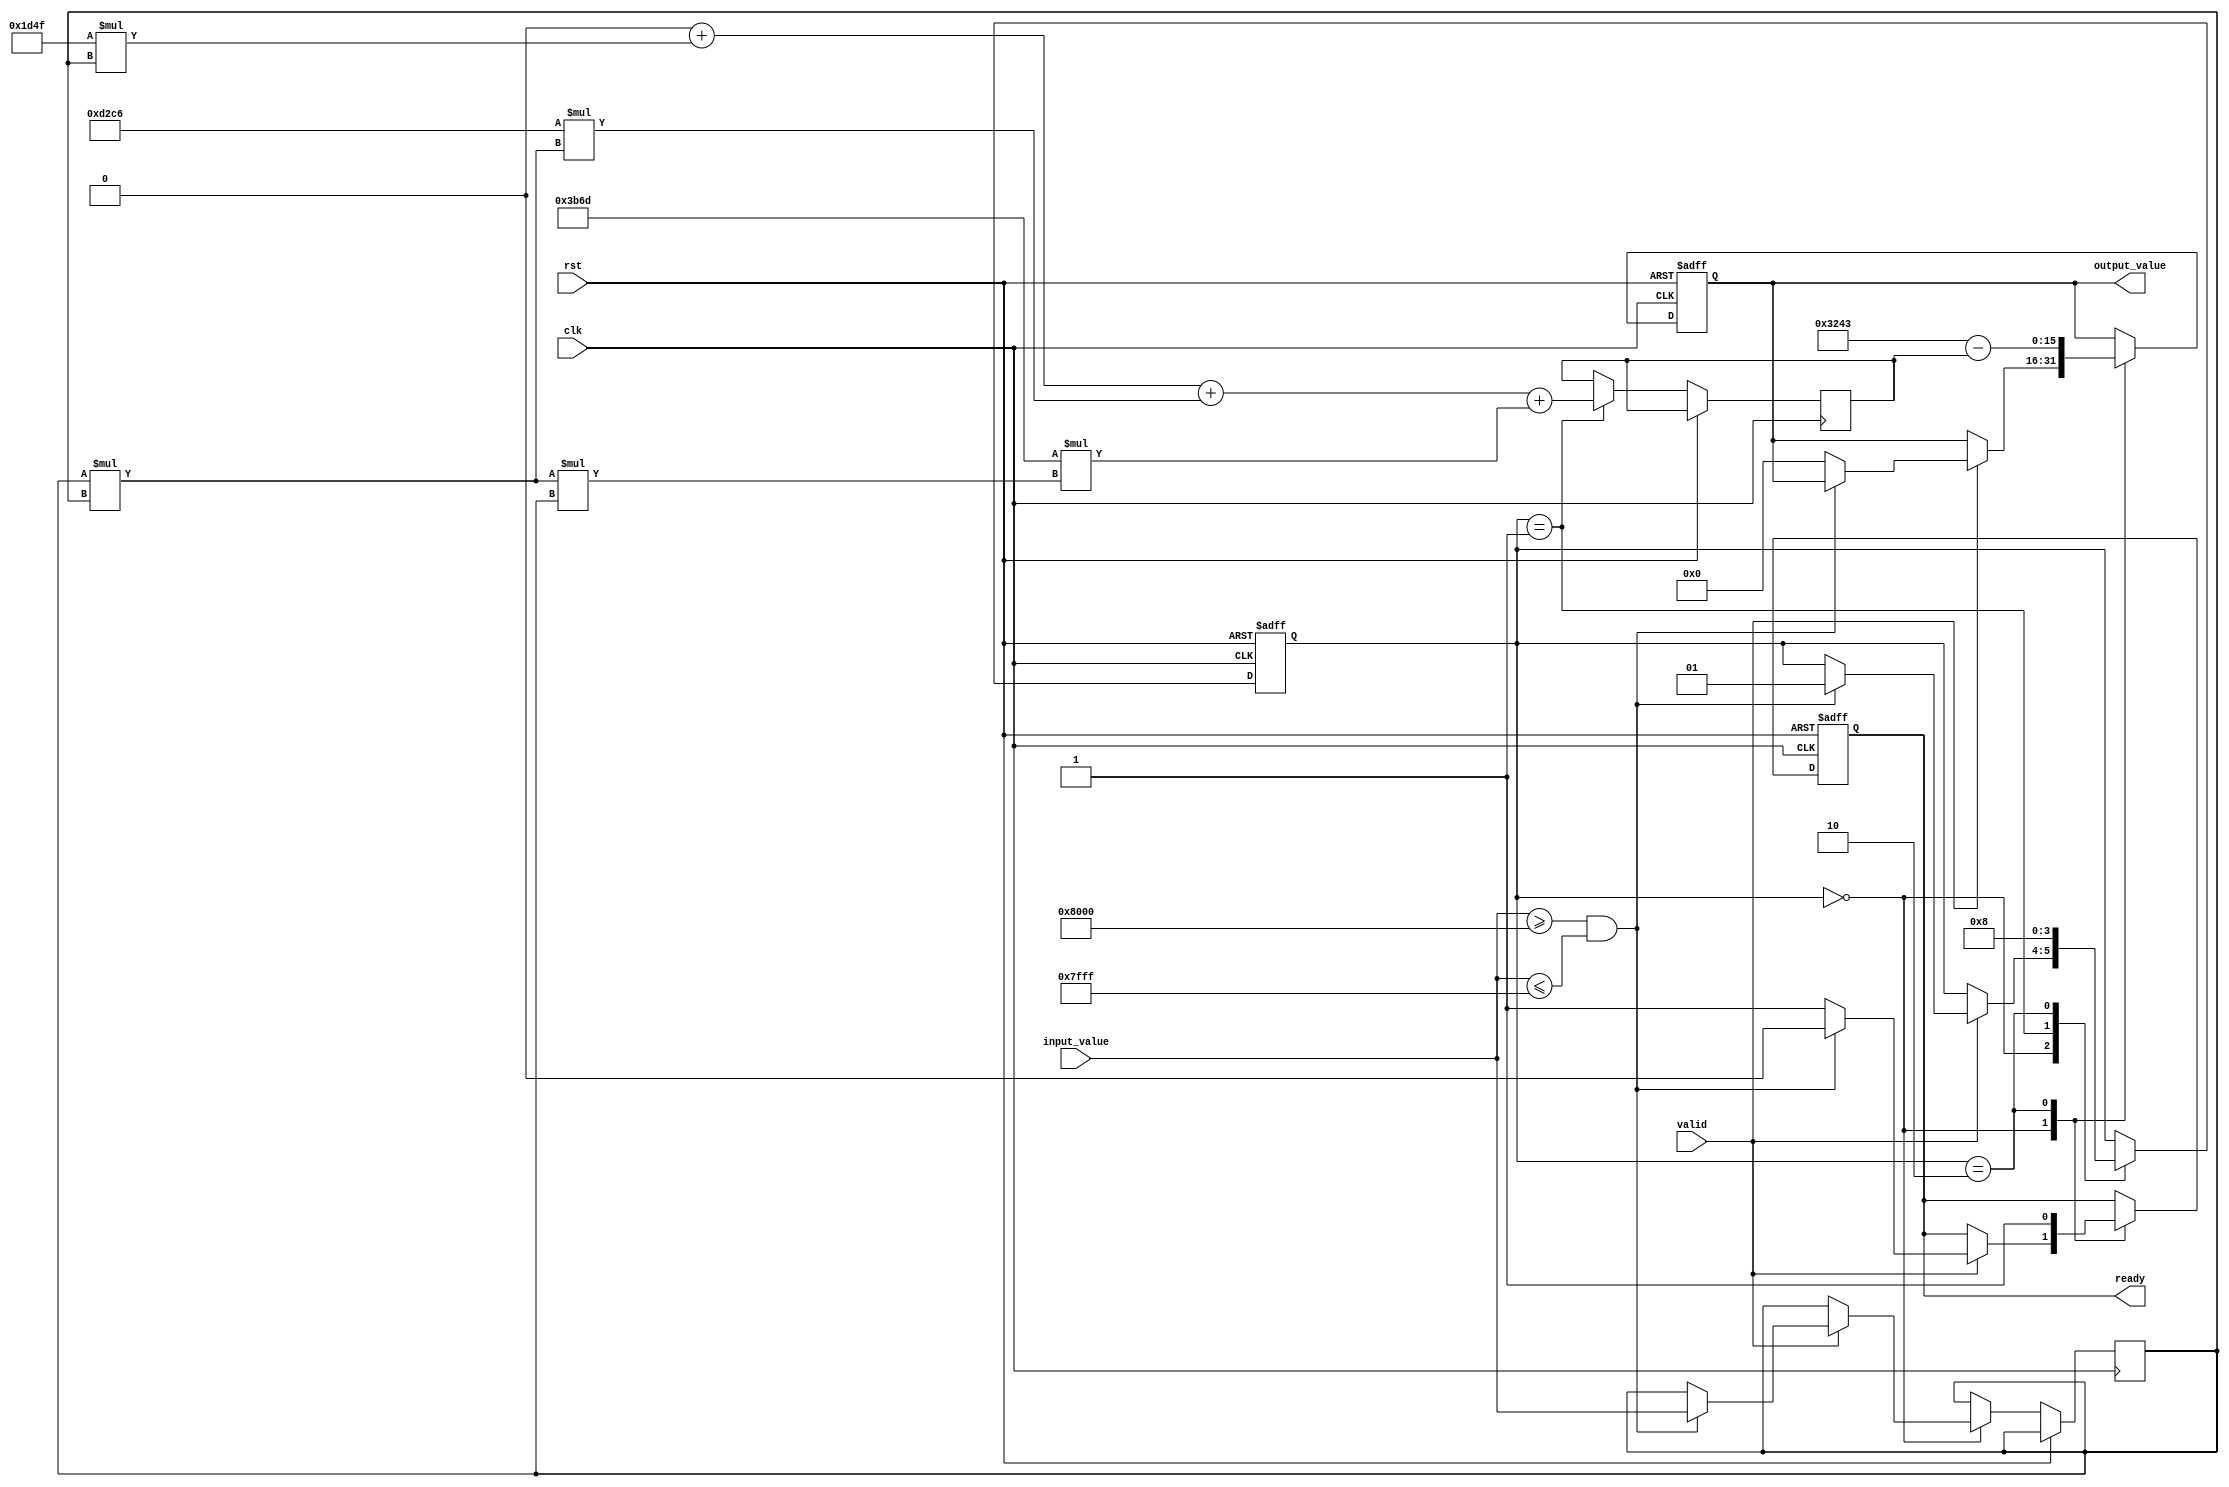
module acos_block #(
    parameter N = 16, // Input width
    parameter M = 16   // Output width
)(
    input wire clk,
    input wire rst,
    input wire [N-1:0] input_value, // Input value in fixed-point format
    input wire valid,                // Input valid signal
    output reg [M-1:0] output_value, // Output value in fixed-point format
    output reg ready                 // Output ready signal
);

    // Define constants for fixed-point representation of 
    localparam PI = 16'h3243; //  in fixed-point format (approx. 3.14159)
    
    // Polynomial coefficients for acos approximation (example coefficients)
    localparam [N-1:0] A0 = 16'h0000; // Coefficient for x^0
    localparam [N-1:0] A1 = 16'h1D4F; // Coefficient for x^1
    localparam [N-1:0] A2 = 16'hD2C6; // Coefficient for x^2
    localparam [N-1:0] A3 = 16'h3B6D; // Coefficient for x^3

    // Internal signals
    reg [N-1:0] x;
    reg [M-1:0] result;
    reg [1:0] state;

    // State machine states
    localparam IDLE = 2'b00;
    localparam COMPUTE = 2'b01;
    localparam OUTPUT = 2'b10;

    // State machine for processing
    always @(posedge clk or posedge rst) begin
        if (rst) begin
            state <= IDLE;
            output_value <= 0;
            ready <= 0;
        end else begin
            case (state)
                IDLE: begin
                    if (valid) begin
                        // Validate input range
                        if (input_value >= 16'h8000 && input_value <= 16'h7FFF) begin // [-1, 1] range
                            x <= input_value;
                            state <= COMPUTE;
                            ready <= 0;
                        end else begin
                            // Handle invalid input
                            output_value <= 0; // Error output
                            ready <= 1;
                        end
                    end
                end

                COMPUTE: begin
                    // Polynomial approximation for acos
                    // Example: acos(x) = A0 + A1*x + A2*x^2 + A3*x^3
                    result <= A0 + (A1 * x) + (A2 * (x * x)) + (A3 * (x * x * x));
                    state <= OUTPUT;
                end

                OUTPUT: begin
                    output_value <= PI - result; // Adjusting result to be in [0, ]
                    ready <= 1;
                    state <= IDLE;
                end
            endcase
        end
    end
endmodule